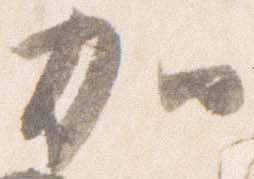
加